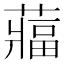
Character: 𮑻